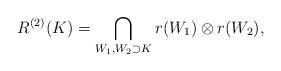
LaTeX: \begin{align*}R^{(2)}(K)=\bigcap_{W_1,W_2\supset K}r(W_1)\otimes r(W_2),\end{align*}